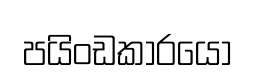
පයිංඩකාරයෝ